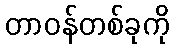
တာဝန်တစ်ခုကို